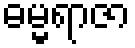
ဓမ္မရာဇာ